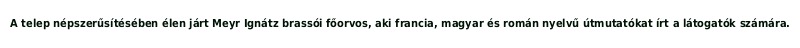
A telep népszerűsítésében élen járt Meyr Ignátz brassói főorvos, aki francia, magyar és román nyelvű útmutatókat írt a látogatók számára.